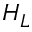
H _ { L }